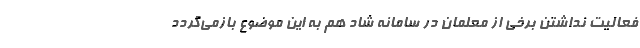
فعالیت نداشتن برخی از معلمان در سامانه شاد هم به این موضوع بازمی‌گردد